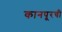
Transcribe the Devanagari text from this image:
कानपूरची